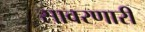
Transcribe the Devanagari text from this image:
सावरणारी